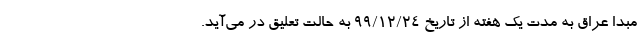
مبدا عراق به مدت یک هفته از تاریخ ۹۹/۱۲/۲۴ به حالت تعلیق در می‌آید.